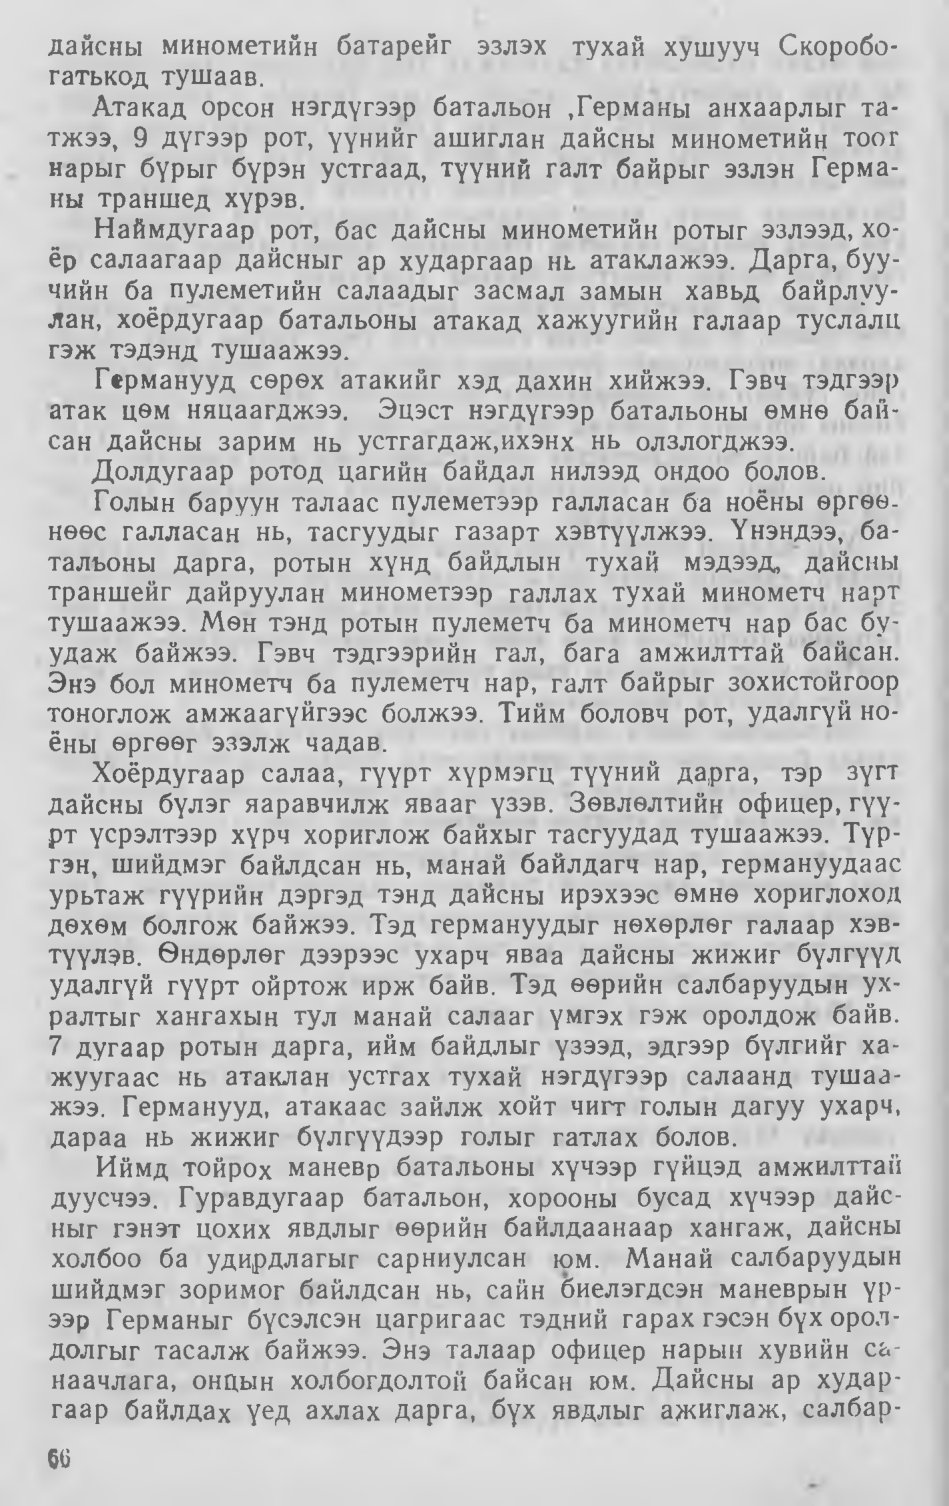
Language: mn